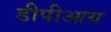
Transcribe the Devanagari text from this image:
डीपीआय